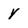
Character: y